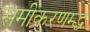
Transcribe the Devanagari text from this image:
समीकरणम्द्ध